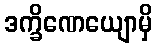
ဒက္ခိဏေယျောမှိ